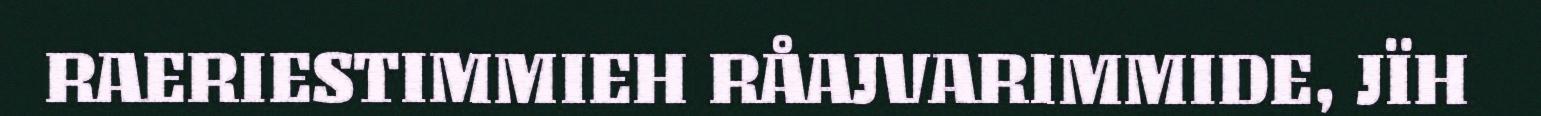
RAERIESTIMMIEH RÅAJVARIMMIDE, JÏH